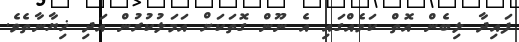
ފައިދާ ލިބެން އޮތް ކަމެއްގައި އެ ނޫން ގޮތަކަށް އަމަލުކުރުން އަދި ޚިޔާނާތެވެ.